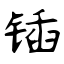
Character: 锸